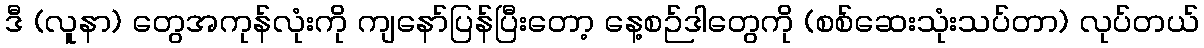
ဒီ (လူနာ) တွေအကုန်လုံးကို ကျနော်ပြန်ပြီးတော့ နေ့စဉ်ဒါတွေကို (စစ်ဆေးသုံးသပ်တာ) လုပ်တယ်